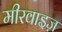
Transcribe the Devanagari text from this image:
मीरवाइज़